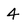
Character: 4